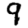
Digit: 9